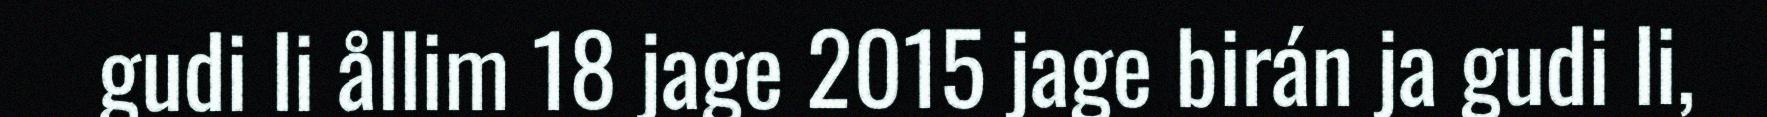
gudi li ållim 18 jage 2015 jage birán ja gudi li,